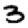
Digit: 3